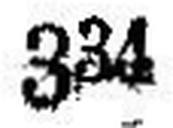
334